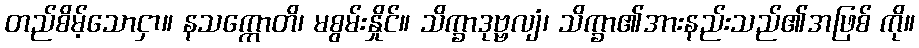
တည်စိမ့်သောငှာ။ နသက္ကောတိ၊ မစွမ်းနှိုင်။ သိက္ခာဒုဗ္ဗလျံ၊ သိက္ခာ၏အားနည်းသည်၏အဖြစ် ကို။